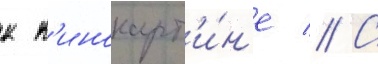
к к'инокарт'и́н'е // С